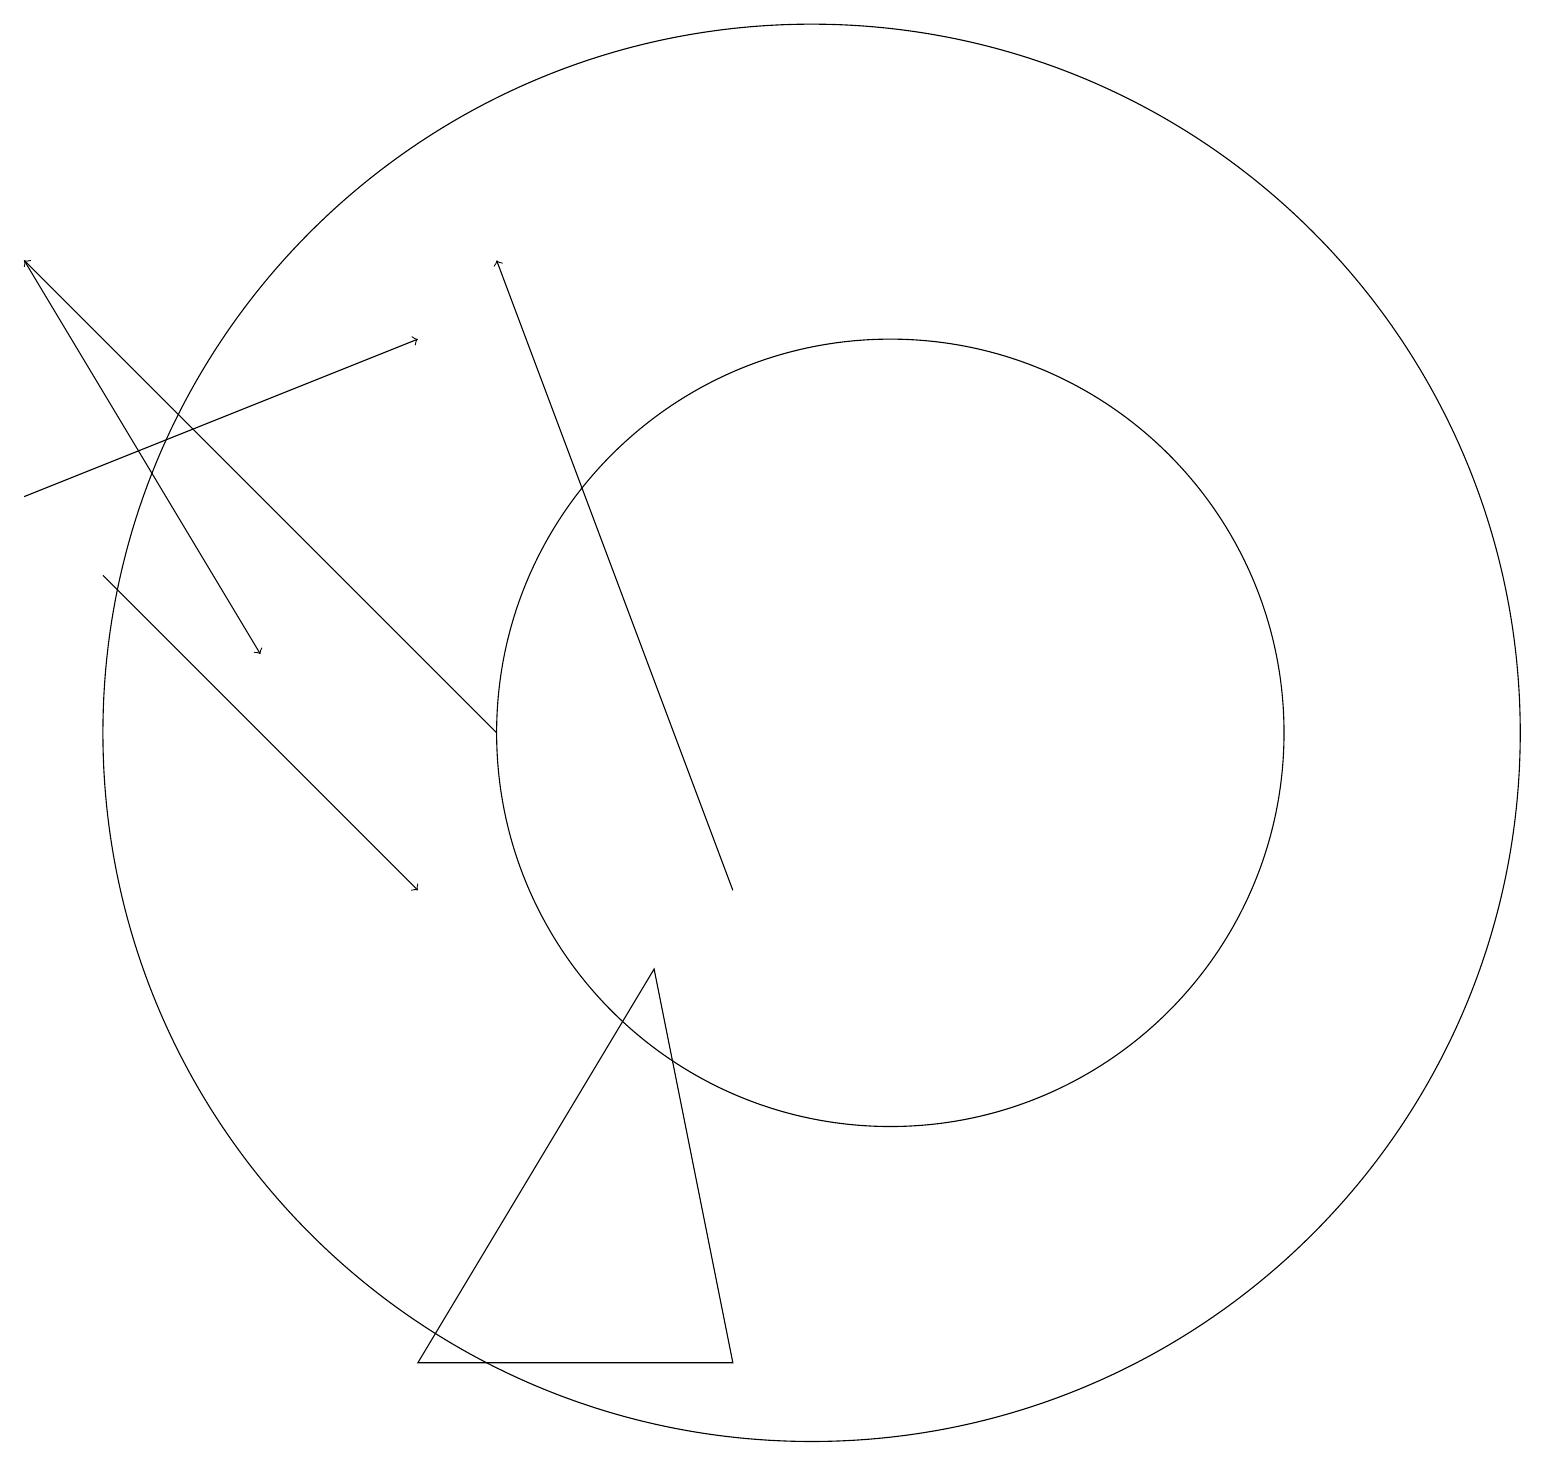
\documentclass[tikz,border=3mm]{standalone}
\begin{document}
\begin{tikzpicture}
\draw[->] (0,18) -- (3,13);
\draw[->] (1,14) -- (5,10);
\draw[->] (9,10) -- (6,18);
\draw (10,12) circle (9);
\draw[->] (6,12) -- (0,18);
\draw (11,12) circle (5);
\draw[->] (0,15) -- (5,17);
\draw (9,4) -- (5,4) -- (8,9) -- cycle;
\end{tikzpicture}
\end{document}